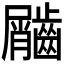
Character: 𪙌